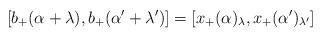
LaTeX: \begin{align*}[b_+(\alpha+\lambda),b_+(\alpha'+\lambda')]=[x_+(\alpha)_\lambda,x_+(\alpha')_{\lambda'}]\end{align*}